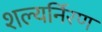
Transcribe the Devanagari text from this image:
शल्यर्निरण